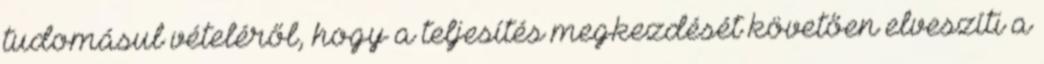
tudomásul vételéről, hogy a teljesítés megkezdését követően elveszíti a